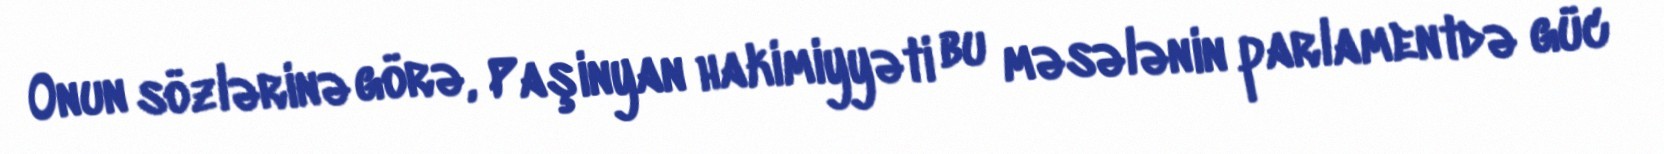
Onun sözlərinə görə, Paşinyan hakimiyyəti bu məsələnin parlamentdə güc